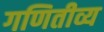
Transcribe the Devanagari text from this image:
गणितीव्य